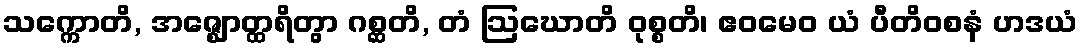
သက္ကောတိ, အဇ္ဈောတ္ထရိတွာ ဂစ္ဆတိ, တံ ဩဃောတိ ဝုစ္စတိ၊ ဧဝမေဝ ယံ ပီတိဝစနံ ဟဒယံ